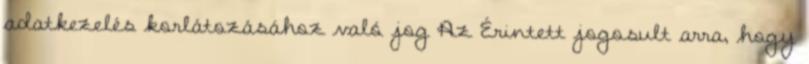
adatkezelés korlátozásához való jog Az Érintett jogosult arra, hogy